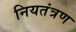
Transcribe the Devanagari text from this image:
नियतंत्रण